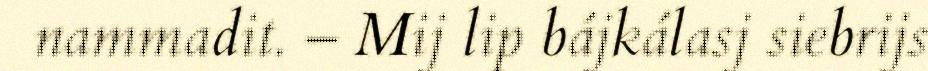
nammadit. – Mij lip bájkálasj siebrijs